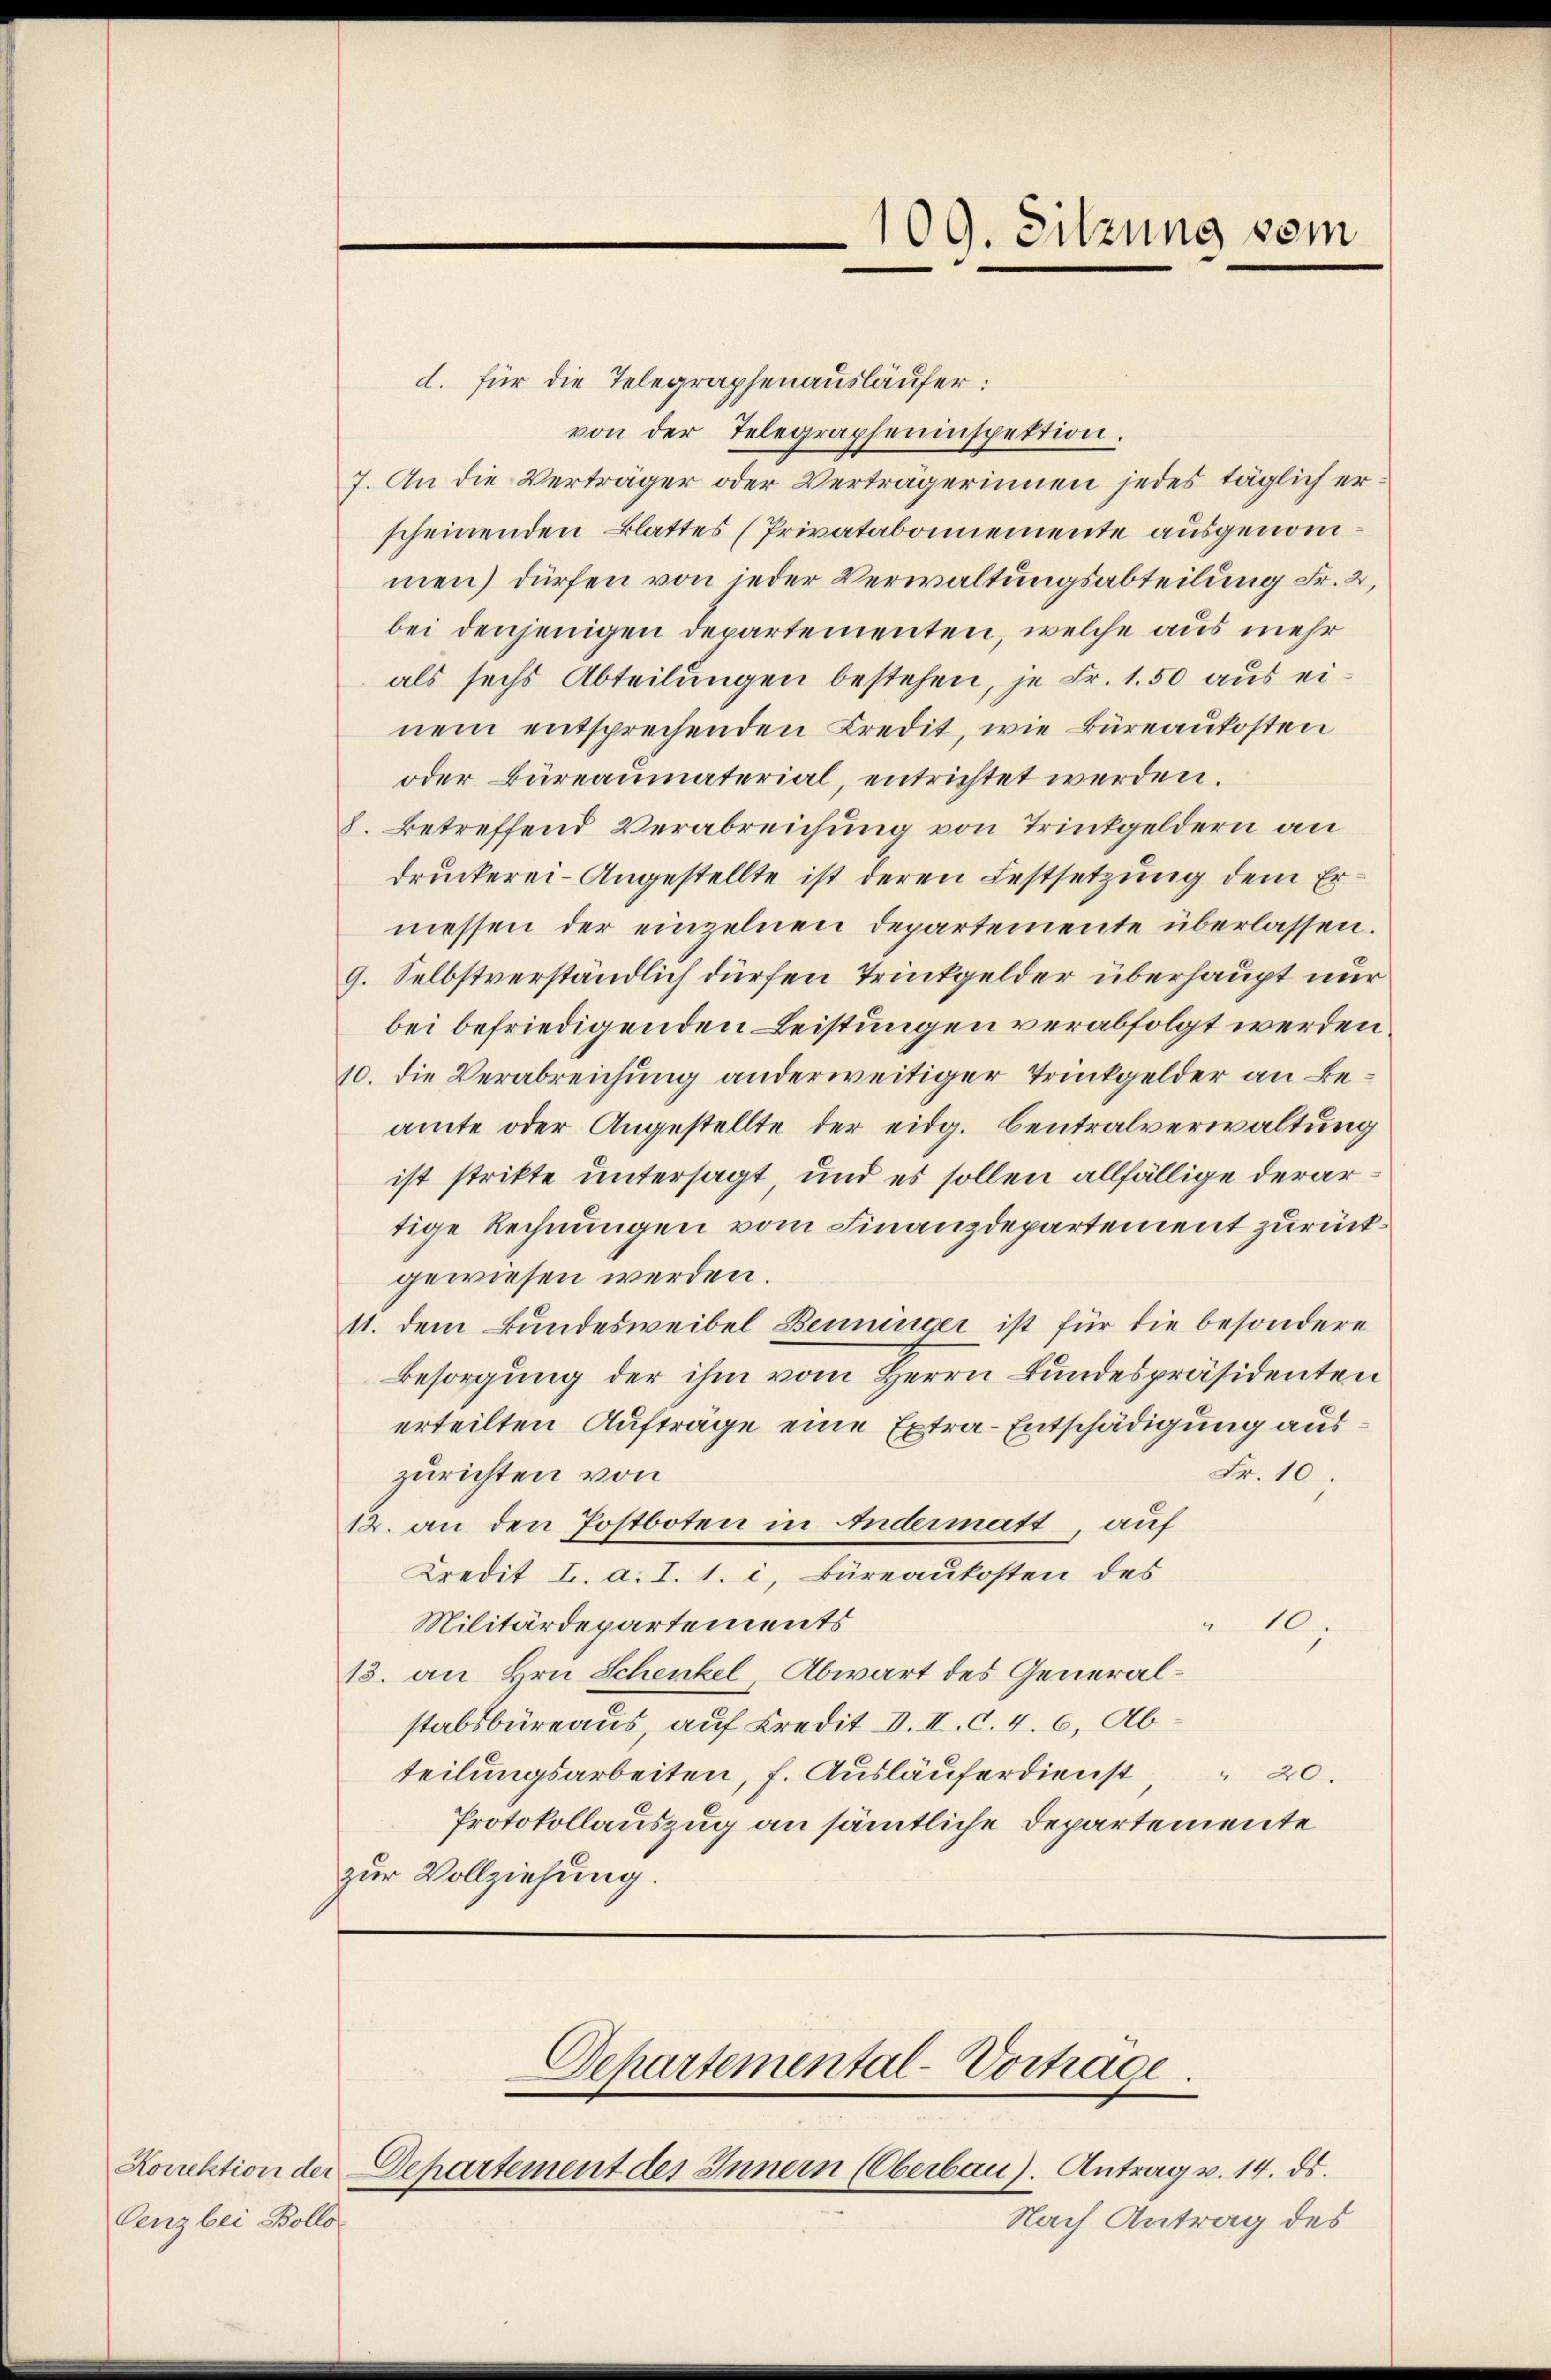
Korrektion der
Cenz bei Bollo

d. für die Telegraphenausläufer:
von der Telegrapheninspektion.
7. An die Verträger oder Verträgerinnen jedes täglich er
scheinenden Blattes (Privatabonemente ausgenommen) dürfen von jeder Verwaltungsabteilung Fr. 2,
bei denjenigen Departementen, welche aus mehr
als sechs Abteilungen bestehen, je Fr. 1.50 aus einem entsprechenden Credit, wie Büreaukosten
oder Büreaumaterial, entrichtet werden.
8. Betreffend Verabreichung von Trinkgeldern an
druckerei- Angestellte ist deren Festsetzung dem Ermessen der einzelnen Departemente überlassen.
9. Selbstverständlich dürfen Trinkgelder überhaupt nur
bei befriedigenden Leistungen verabfolgt werden
10. die Verabreichung anderweitiger Trinkgelder an Beamte oder Angestellte der eidg. Centralverwaltung
ist strikte untersagt, und es sollen allfällige derartige Rechnungen vom Finanzdepartement zurückgewiesen werden.
11. dem Bundesweibel Benninger ist für die besondere
Besorgung der ihm vom Herrn Bundespräsidenten
erteilten Aufträge eine Extra-Entschädigung aus
zurichten von
Fr. 10.
12. an den Postboten in Andermatt, auf
Kredit I. a. I. 1. i, Büreaukosten des
Militärdepartements
10
13. an Hrn. Schenkel, Abwart des Generalstabsbureaus, auf Kredit d. II. C. 4. 6, Abteilungsarbeiten, f. Ausläuferdienst, 20.
Protokollauszug an sämmtliche Departemente
zur Vollziehung.

109. Sitzung vom

Departement des Innern (Oberbau). Antrag v. 14. ds.
Nach Antrag des

Dehartemental-Vortrage
.